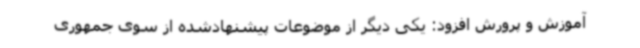
آموزش‌ و پرورش افزود: یکی دیگر از موضوعات پیشنهادشده از سوی جمهوری